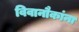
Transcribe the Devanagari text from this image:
विवानौकांना